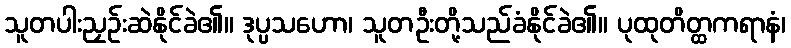
သူတပါးညှဉ်းဆဲနိုင်ခဲ၏။ ဒုပ္ပသဟော၊ သူတဦးတို့သည်ခံနိုင်ခဲ၏။ ပုထုတိတ္ထကရာနံ၊